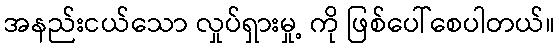
အနည်းငယ်သော လှုပ်ရှားမှု့ ကို ဖြစ်ပေါ်စေပါတယ်။